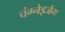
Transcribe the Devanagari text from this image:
चंग्नेइजैंग